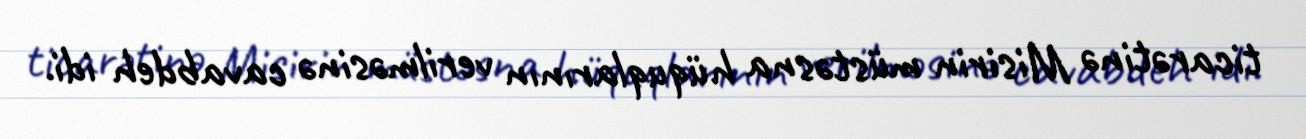
ticarətinə Misirin müstəsna hüquqlarının verilməsinə cavabdeh idi.